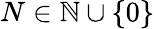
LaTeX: N\in\mathbb{N}\cup\{ 0\}